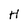
Character: H